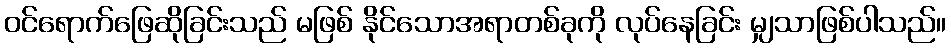
ဝင်ရောက်ဖြေဆိုခြင်းသည် မဖြစ် နိုင်သောအရာတစ်ခုကို လုပ်နေခြင်း မျှသာဖြစ်ပါသည်။